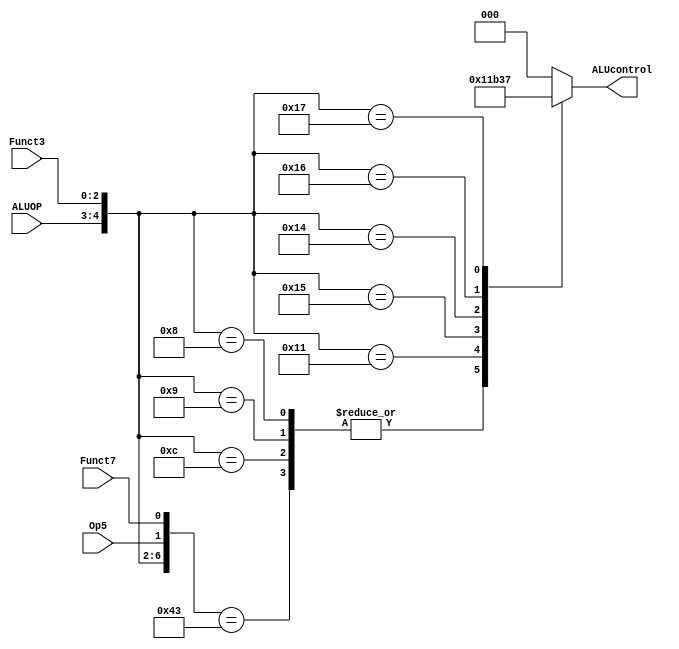

module ALU_Decoder (
    input [1:0] ALUOP, 
    input [2:0]Funct3, 
    input Op5,
    input Funct7,
    output reg [2:0] ALUcontrol
);
 wire [6:0]sel={ALUOP,Funct3,Op5,Funct7};

 localparam [2:0]   ADD = 3'b000,
                    SUB = 3'b010,
                    SHL = 3'b001,
                    XOR = 3'b100,
                    SHR = 3'b101,
                    OR = 3'b110,
                    AND = 3'b111,
                    Default = 3'b000;
                    
 always @(*) begin
casex (sel)
    7'b00_???_??, 7'b10_000_00, 7'b10_000_01, 7'b10_000_10: ALUcontrol =ADD;
    7'b01_000_??, 7'b01_001_??, 7'b01_100_??, 7'b10_000_11: ALUcontrol =SUB;
    7'b10_001_??: ALUcontrol =SHL;
    7'b10_101_??: ALUcontrol =SHR;
    7'b10_100_??: ALUcontrol =XOR;
    7'b10_110_??: ALUcontrol =OR;
    7'b10_111_??: ALUcontrol =AND;
    default: ALUcontrol =Default;
endcase
 end
endmodule